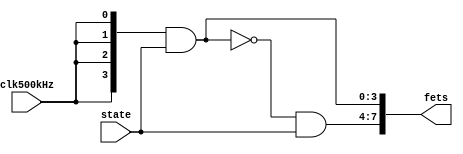
module CapBoardDriver(clk500kHz,state,fets);
	//INPUT:
	//clk: Clock - designed to be 500 kHz
	input clk500kHz;
	//reg [3:0] clkCnt; //Count on clock edges to divide clock.


	//state: state of board - which cap numbers are on.  Each bit corresponds to
	//cap bank (either serial or parallel).
	input [3:0] state;


	//OUTPUT:
	//fets: gets signal that goes into MIC4427 drivers -
	//should be a square wave at 500 kHz - divide clk/2^2.
	output [7:0] fets;

		//Send square wave to MOSFET drivers
	//The number outside the curly braces, {4...}, is a repitition multiplier which serves
	//to create a vector from the square wave for bitwise AND with the board state.
	assign fets[3:0]={4{clk500kHz}} & state;
	assign fets[7:4]=(~fets[3:0]) & state; //Invert square wave for 180-degree phase shift for push-pull transformer drive.
	
endmodule